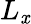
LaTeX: L_{\mathit{x}}